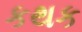
કથક